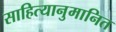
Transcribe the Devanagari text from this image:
साहित्यानुमानित